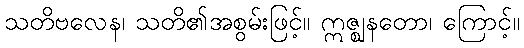
သတိဗလေန၊ သတိ၏အစွမ်းဖြင့်။ ဣဇ္ဈနတော၊ ကြောင့်။